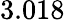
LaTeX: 3.018